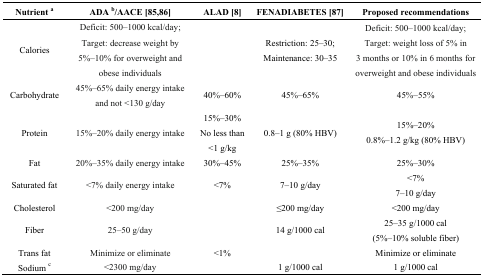
<table><thead><tr><td><b>Nutrient <sup>a</sup></b></td><td><b>ADA <sup>b</sup>/AACE [85,86]</b></td><td><b>ALAD [8]</b></td><td><b>FENADIABETES [87]</b></td><td><b>Proposed recommendations</b></td></tr></thead><tbody><tr><td>Calories</td><td>Deficit: 500–1000 kcal/day; Target: decrease weight by 5%–10% for overweight and obese individuals</td><td></td><td>Restriction: 25–30; Maintenance: 30–35</td><td>Deficit: 500–1000 kcal/day; Target: weight loss of 5% in 3 months or 10% in 6 months for overweight and obese individuals</td></tr><tr><td>Carbohydrate</td><td>45%–65% daily energy intake and not &lt;130 g/day</td><td>40%–60%</td><td>45%–65%</td><td>45%–55%</td></tr><tr><td>Protein</td><td>15%–20% daily energy intake</td><td>15%–30%No less than &lt;1 g/kg</td><td>0.8–1 g (80% HBV)</td><td>15%–20% 0.8%–1.2 g/kg (80% HBV)</td></tr><tr><td>Fat</td><td>20%–35% daily energy intake</td><td>30%–45%</td><td>25%–35%</td><td>25%–30%</td></tr><tr><td>Saturated fat</td><td>&lt;7% daily energy intake</td><td>˂7%</td><td>7–10 g/day</td><td>&lt;7% 7–10 g/day</td></tr><tr><td>Cholesterol</td><td>&lt;200 mg/day</td><td></td><td>≤200 mg/day</td><td>&lt;200 mg/day</td></tr><tr><td>Fiber</td><td>25–50 g/day</td><td></td><td>14 g/1000 cal</td><td>25–35 g/1000 cal (5%–10% soluble fiber)</td></tr><tr><td>Trans fat</td><td>Minimize or eliminate</td><td>&lt;1%</td><td></td><td>Minimize or eliminate</td></tr><tr><td>Sodium <sup>c</sup></td><td>&lt;2300 mg/day</td><td></td><td>1 g/1000 cal</td><td>1 g/1000 cal</td></tr></tbody></table>